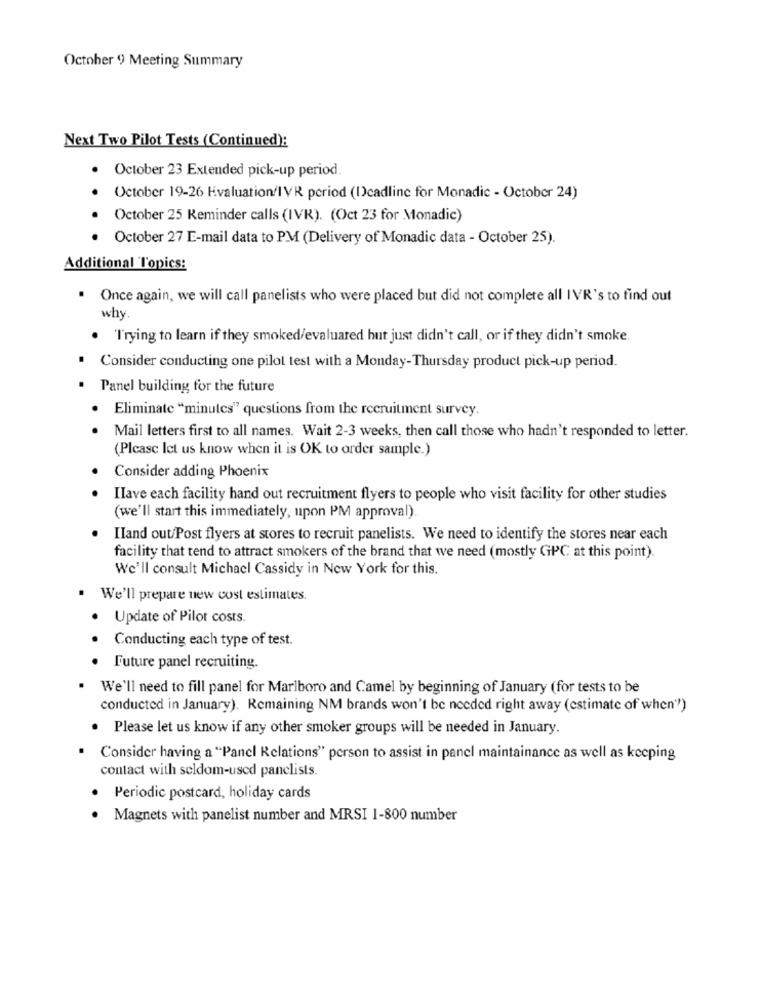
October 9 Meeting Summary
Next Two Pilot Tests (Continued):
October 23 Extended pick-up period.
October 19-26 Evaluation/IVR period (Deadline for Monadic - October 24)
October 25 Reminder calls (IVR). (Oct 23 for Monadic)
October 27 E-mail data to PM (Delivery of Monadic data - October 25).
Additional Topics:
. Once again, we will call panelists who were placed but did not complete all IVR's to find out
why.
. "T'rying to learn if they smoked/evaluated but just didn't call, or if they didn't smoke.
Consider conducting one pilot test with a Monday-Thursday product pick-up period.
Panel building for the future
· Eliminate "minutes" questions from the recruitment survey.
Mail letters first to all names. Wait 2-3 weeks, then call those who hadn't responded to letter.
(Please let us know when it is OK to order sample.)
Consider adding Phoenix
Ilave each facility hand out recruitment flyers to people who visit facility for other studies
(we'll start this immediately, upon PM approval).
Iland out/Post flyers at stores to recruit panelists. We need to identify the stores near each
facility that tend to attract smokers of the brand that we need (mostly GPC at this point).
We'll consult Michacl Cassidy in New York for this.
We'll prepare new cost estimates.
Update of Pilot costs.
Conducting each type of test.
· Future panel recruiting.
We'll need to fill panel for Marlboro and Camel by beginning of January (for tests to be
conducted in January). Remaining NM brands won't be needed right away (estimate of when")
. Please let us know if any other smoker groups will be needed in January.
Consider having a "Panel Relations" person to assist in panel maintainance as well as keeping
contact with seldom-used panelists.
· Periodic postcard, holiday cards
Magnets with panelist number and MRSI 1-800 number